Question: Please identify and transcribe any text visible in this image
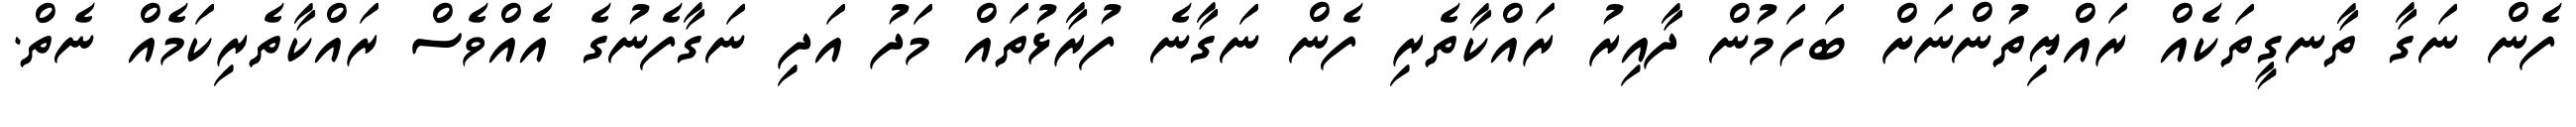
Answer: ފެން ނަގާ ތާނގީތަކެއް ރައްޔިތުންނަށް ބަހަމުން ދާއިރު ރައްކާތެރި ފެން ނަގާނެ ފުރާޅުތައް މަދު އަދި ނަގާފެނުގެ އެއްވެސް ރައްކާތެރިކަމެއް ނެތް.